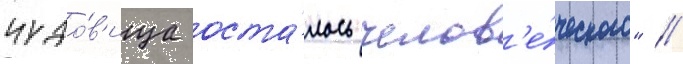
чудо́в'ища оста́лось челов'е́ческого" //